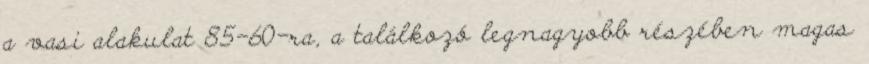
a vasi alakulat 85-60-ra, a találkozó legnagyobb részében magas